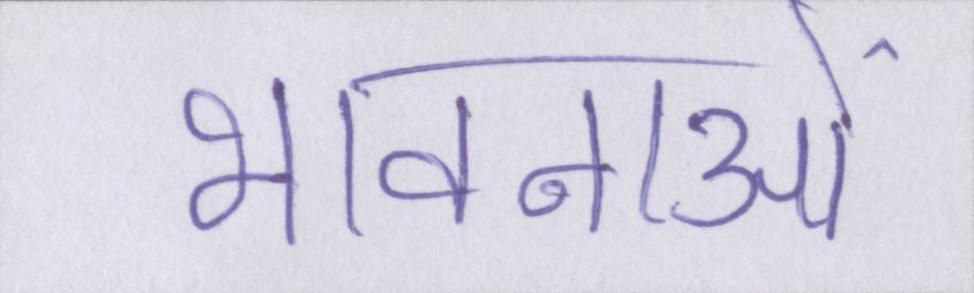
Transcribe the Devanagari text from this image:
भावनाओं